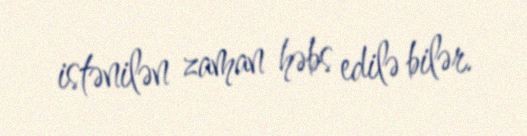
istənilən zaman həbs edilə bilər.